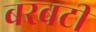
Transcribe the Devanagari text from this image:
बरबटी